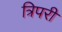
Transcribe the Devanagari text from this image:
त्रिपरी